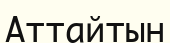
Аттайтын